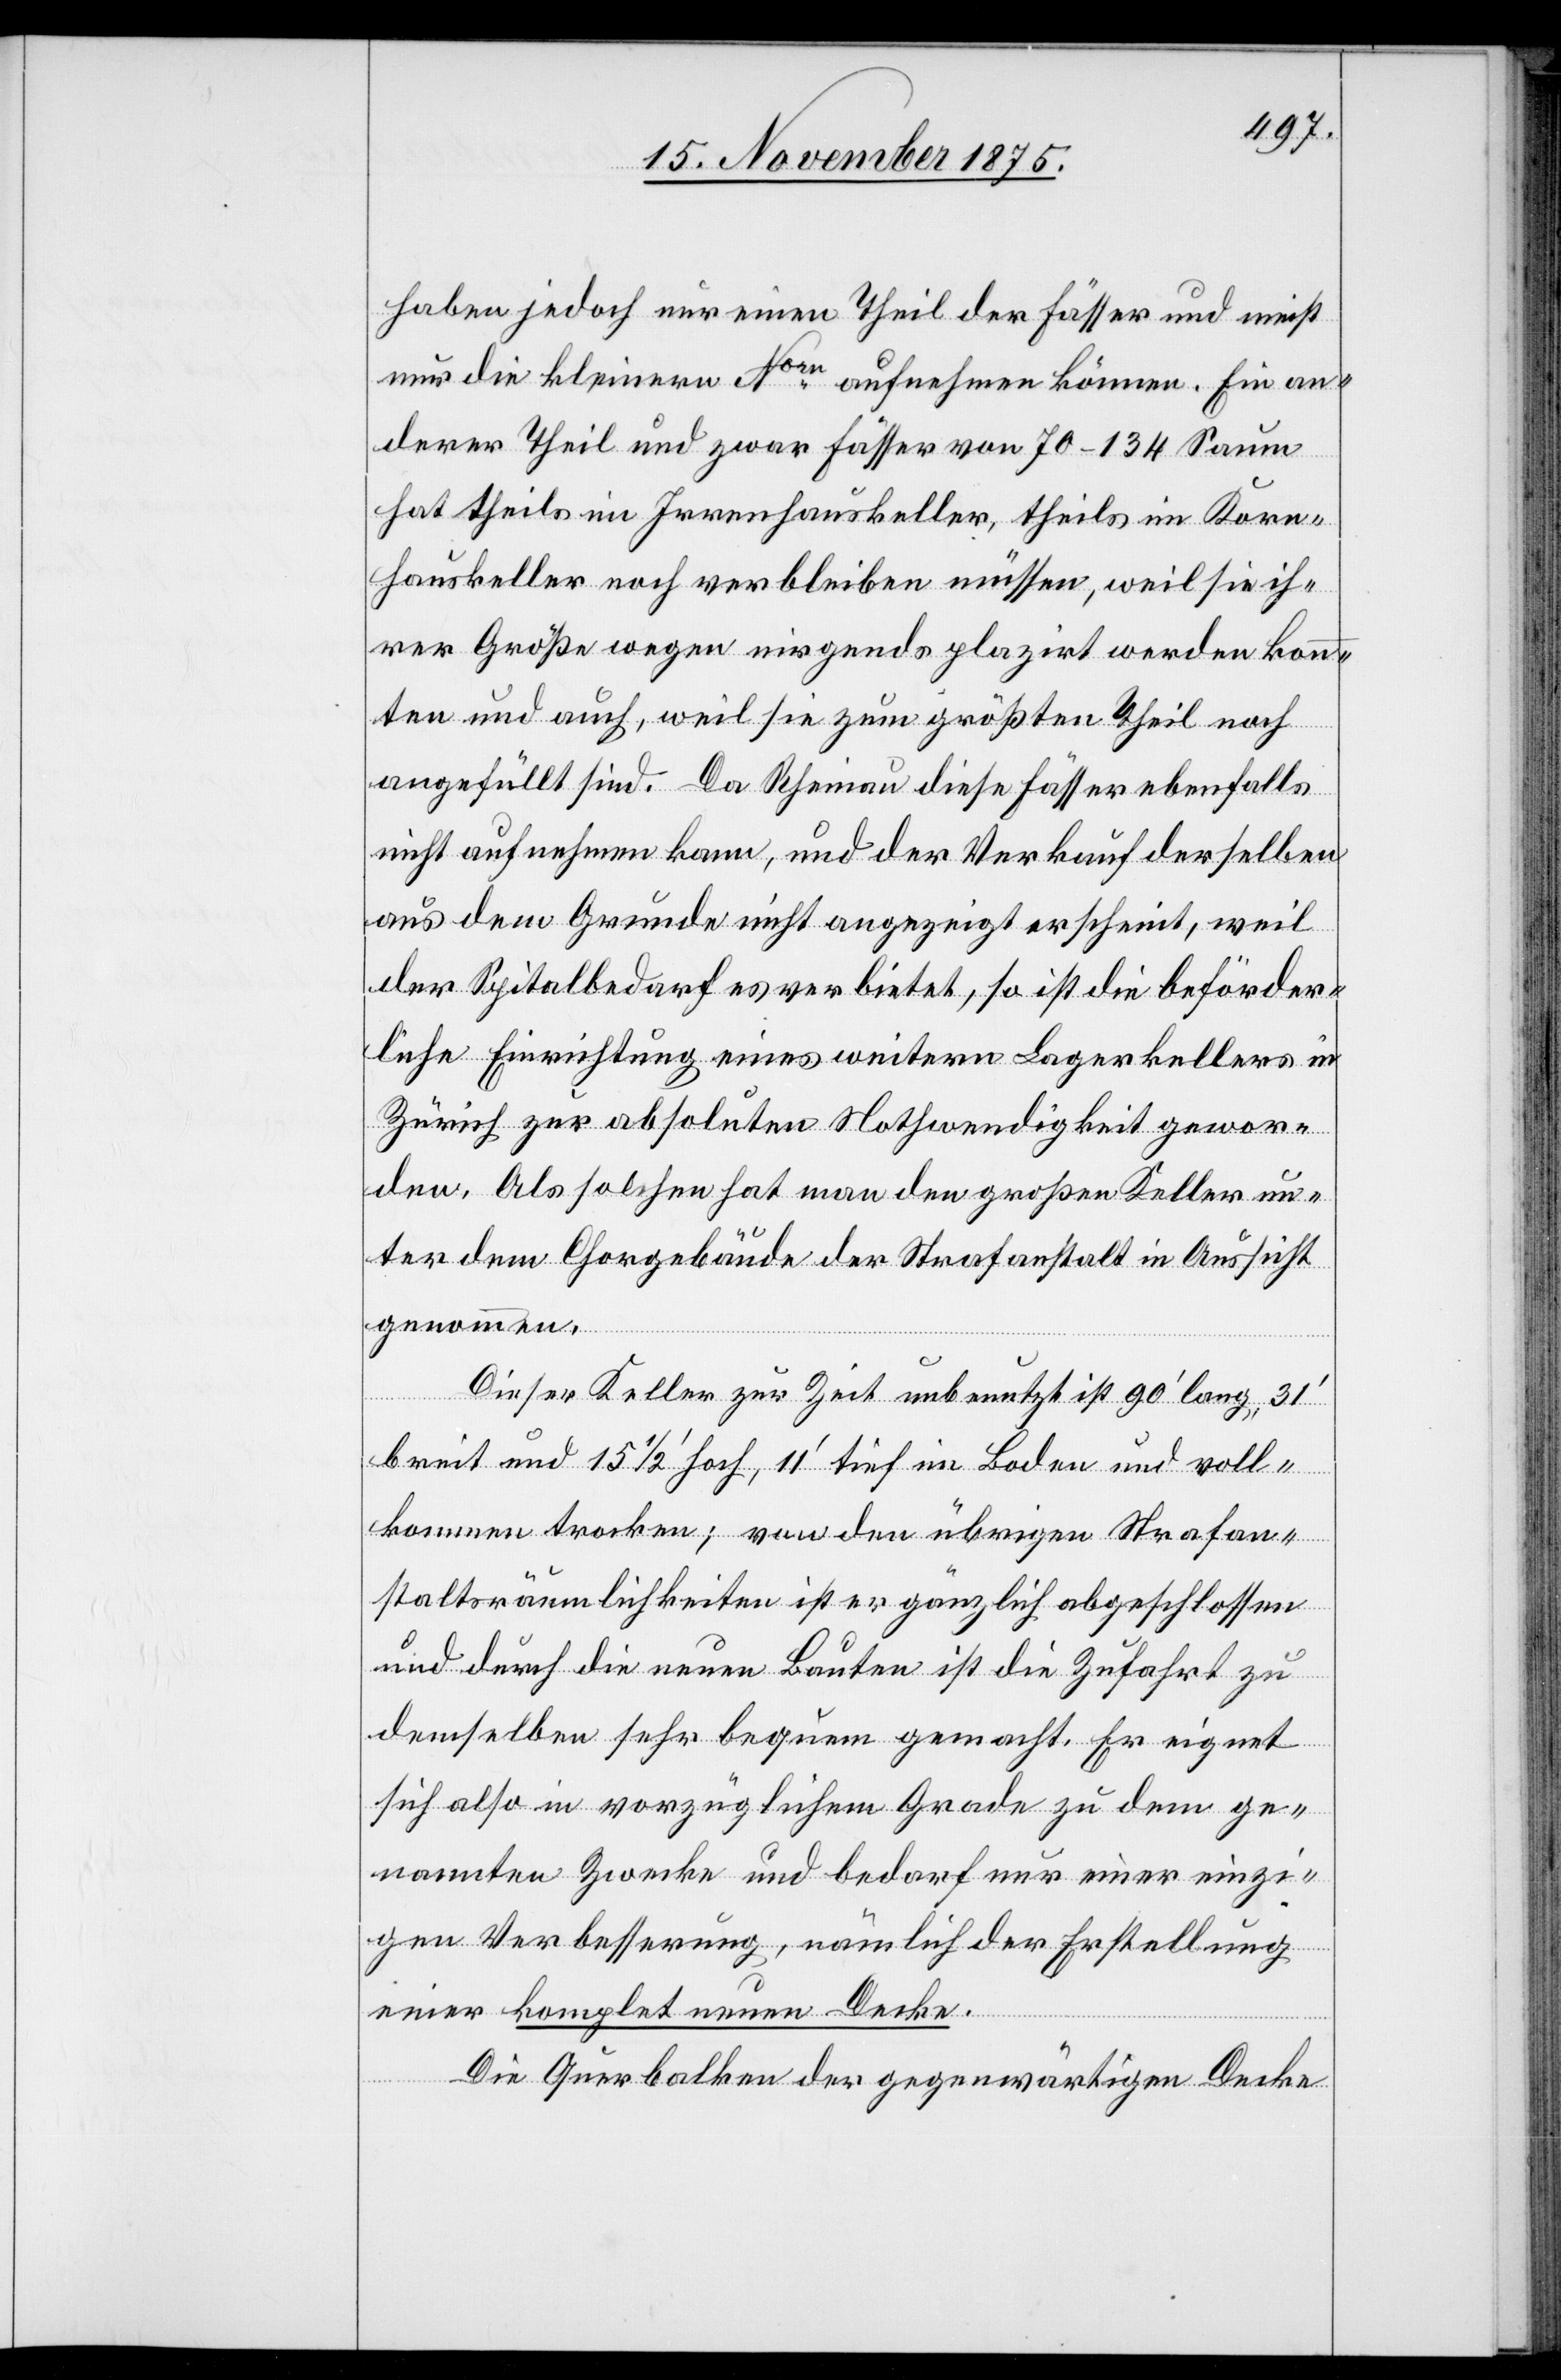
haben jedoch nur einen Theil der Fässer und meist
nur die kleinern Norn aufnehmen können. Ein an¬
derer Theil und zwar Fässer von 70–134 Saum
hat theils im Irrenhauskeller, theils im Korn¬
hauskeller noch verbleiben müssen, weil sie ih¬
rer Größe wegen nirgends plazirt werden konn¬
ten und auch, weil sie zum größten Theil noch
angefüllt sind. Da Rheinau diese Fässer ebenfalls
nicht aufnehmen kann, und der Verkauf derselben
aus dem Grunde nicht angezeigt erscheint, weil
der Spitalbedarf es verbietet, so ist die beförder¬
liche Einrichtung eines weitern Lagerkellers in
Zürich zur absoluten Nothwendigkeit gewor¬
den. Als solchen hat man den großen Keller un¬
ter dem Chorgebäude der Strafanstalt in Aussicht
genommen.
Dieser Keller zur Zeit unbenutzt ist 90‘ lang, 31‘
breit und 15 1/2‘ hoch, 11‘ tief im Boden und voll¬
kommen trocken; von den übrigen Strafan¬
staltsräumlichkeiten ist er gänzlich abgeschlossen
und durch die neuen Bauten ist die Zufahrt zu
demselben sehr bequem gemacht. Er eignet
sich also in vorzüglichem Grade zu dem ge¬
nannten Zwecke und bedarf nur einer einzi¬
gen Verbesserung, nämlich der Erstellung
einer komplet neuen Decke.
Die Querbalken der gegenwärtigen Decke